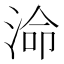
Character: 𭰷